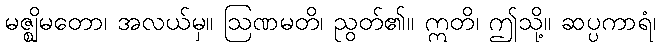
မဇ္ဈိမတော၊ အလယ်မှ။ ဩဏမတိ၊ ညွတ်၏။ ဣတိ၊ ဤသို့။ ဆပ္ပကာရံ၊